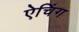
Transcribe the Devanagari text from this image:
ऐचिंग